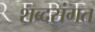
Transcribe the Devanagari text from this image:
शब्दसंगत